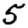
Digit: 5